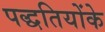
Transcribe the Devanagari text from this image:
पद्धतियोंके